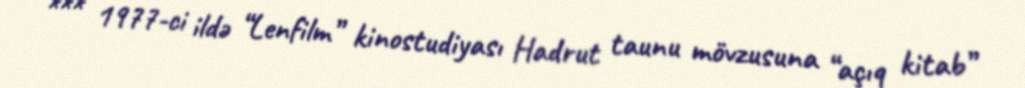
*** 1977-ci ildə “Lenfilm” kinostudiyası Hadrut taunu mövzusuna “açıq kitab”